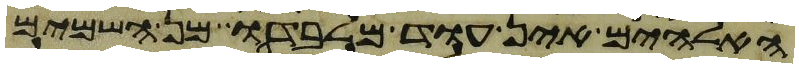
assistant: האלהים אין עוד מלבדו מן השמים